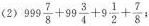
(2)$$999 \frac{7}{8}+99 \frac{3}{4}+9 \frac{1}{2}+ \frac{7}{8}$$;